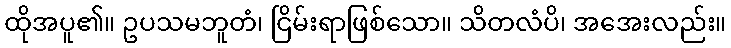
ထိုအပူ၏။ ဥပသမဘူတံ၊ ငြိမ်းရာဖြစ်သော။ သိတလံပိ၊ အအေးလည်း။